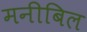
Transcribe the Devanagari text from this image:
मनीबिल